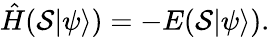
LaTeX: \hat{H}({\cal S}|\psi\rangle)=-E({\cal S}|\psi\rangle).